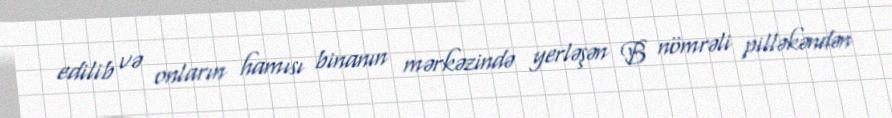
edilib və onların hamısı binanın mərkəzində yerləşən B nömrəli pilləkəndən